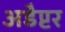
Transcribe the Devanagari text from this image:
अडैप्टर